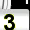
Digit: 3